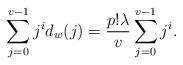
LaTeX: \begin{align*}\sum_{j = 0}^{v-1} j^{i}d_{w}(j) = \frac{p! \lambda}{v} \sum_{j = 0}^{v-1} j^{i}.\end{align*}